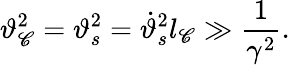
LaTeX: \vartheta_{\mathscr{C}}^{2}=\vartheta_{s}^{2}=\dot{{\vartheta}}_{s}^{2}l_{\mathscr{C}}\gg\frac{{1}}{{\gamma^{2}}}.